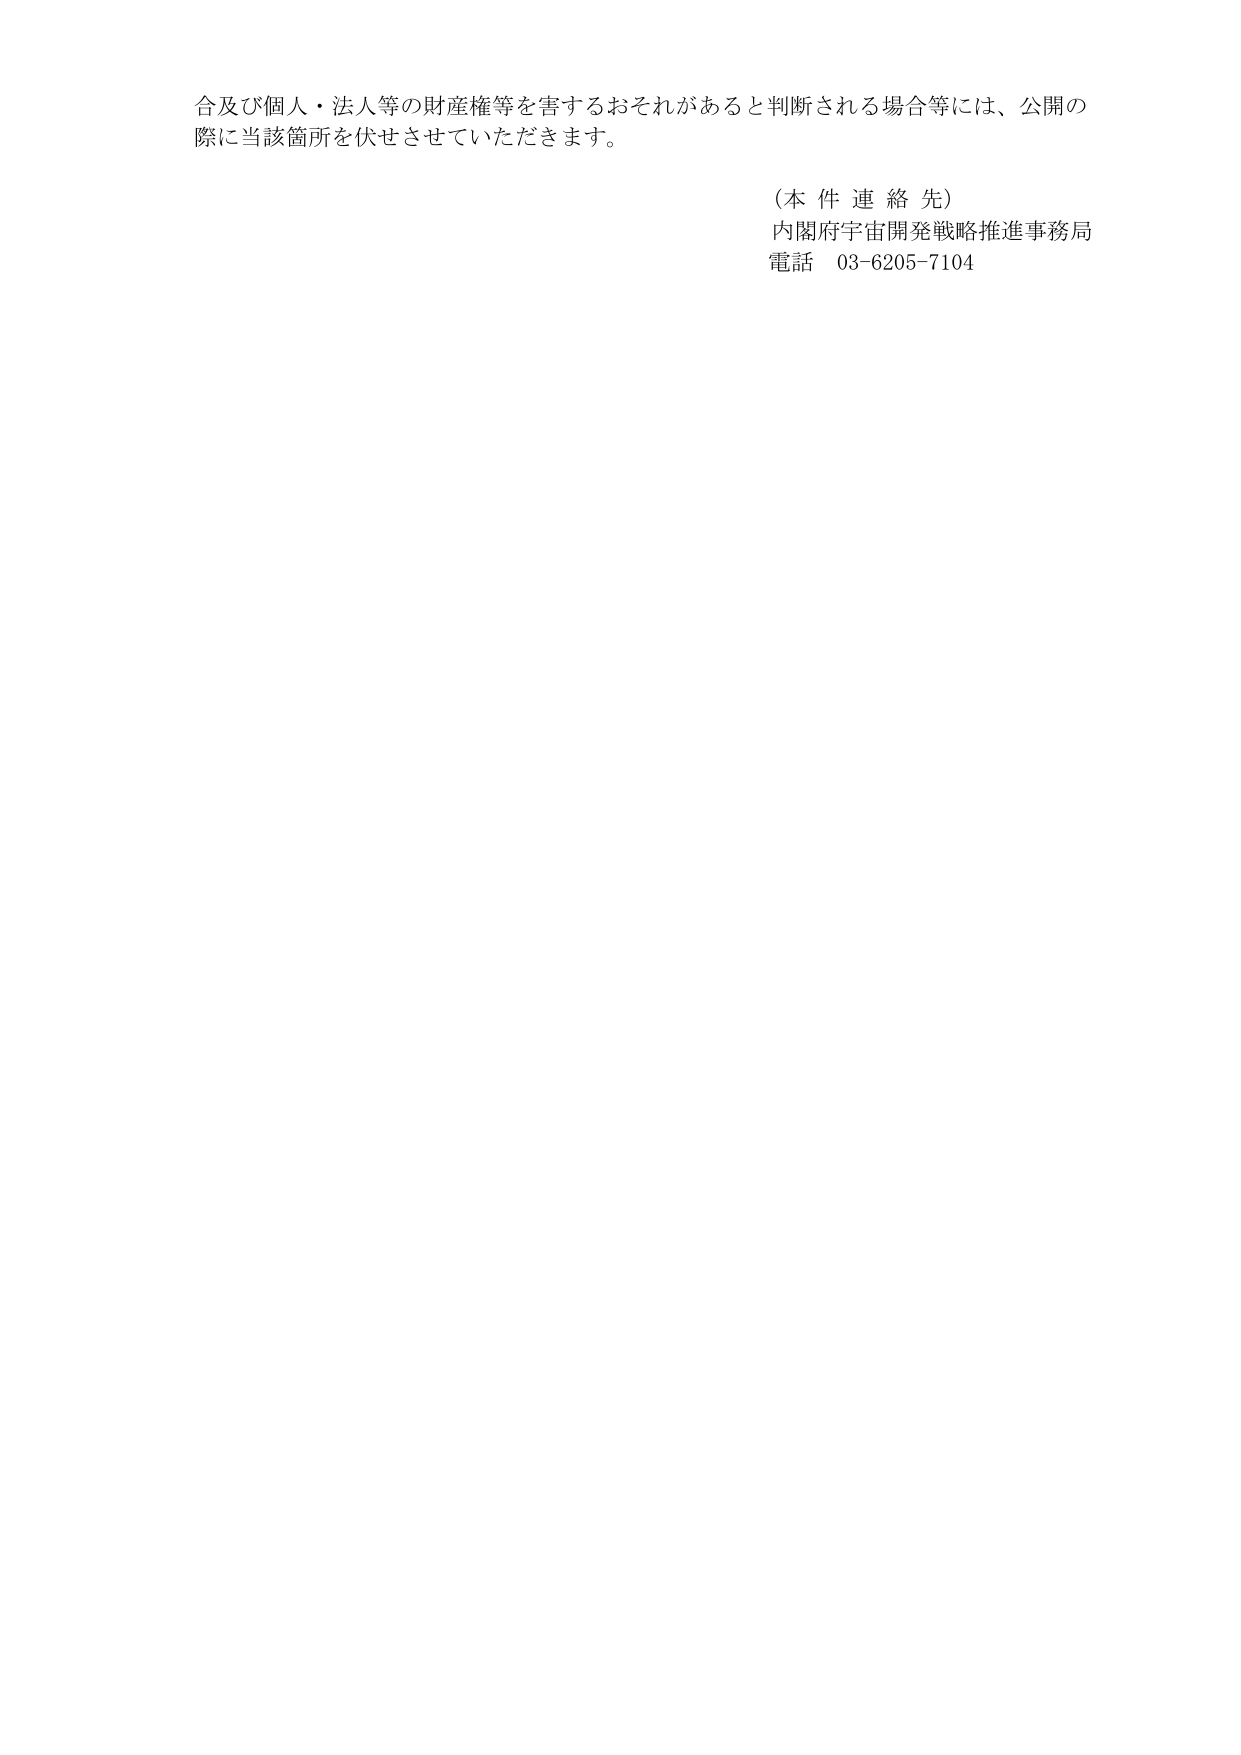
合及び個人・法人等の財産権等を害するおそれがあると判断される場合等には、公開の
際に当該箇所を伏せさせていただきます。

（本件連絡先）
内閣府宇宙開発戦略推進事務局
電話 03-6205-7104